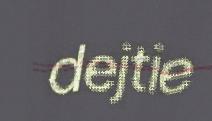
dejtie